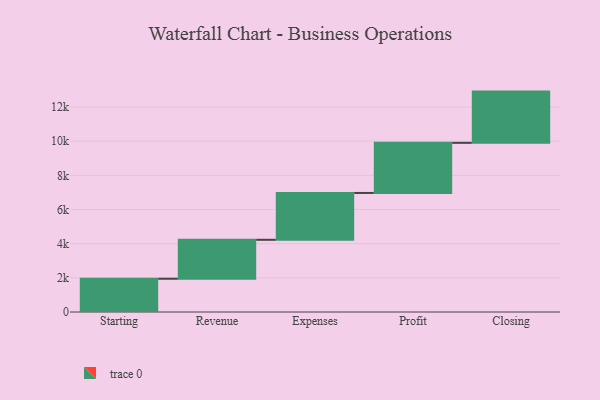
{"axis": {"x": "Step", "y": "Value"}, "legend": [""], "data": [{"x": "Starting", "y": 1947.0, "type": ""}, {"x": "Revenue", "y": 2280.0, "type": ""}, {"x": "Expenses", "y": 2742.0, "type": ""}, {"x": "Profit", "y": 2934.0, "type": ""}, {"x": "Closing", "y": 3000, "type": ""}]}